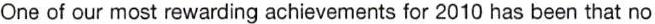
One of our most rewarding achievements for 2010 has been that no